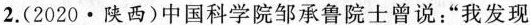
2.(2020·陕西)中国科学院邹承鲁院士曾说：”我发现